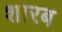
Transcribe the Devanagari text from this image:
शारब